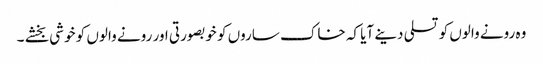
وہ رونے والوں کو تسلی دینے آیا کہ خاک ساروں کو خوبصورتی اور رونے والوں کو خوشی بخشے ۔